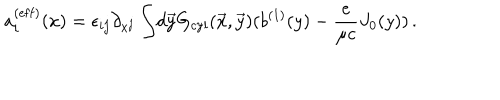
a _ { i } ^ { ( \mathrm { e f f } ) } ( x ) = \epsilon _ { i j } \partial _ { x ^ { j } } \int \! d \vec { y } { G } _ { \mathrm { c y l } } ( \vec { x } , \vec { y } ) ( b ^ { ( 1 ) } ( y ) - { \frac { e } { \mu c } } J _ { 0 } ( y ) ) \, .